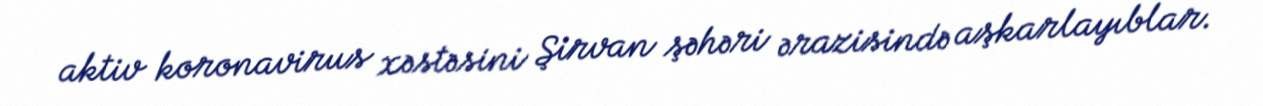
aktiv koronavirus xəstəsini Şirvan şəhəri ərazisində aşkarlayıblar.